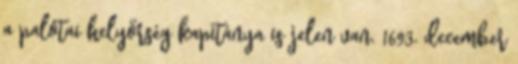
a palotai helyőrség kapitánya is jelen van. 1693. december